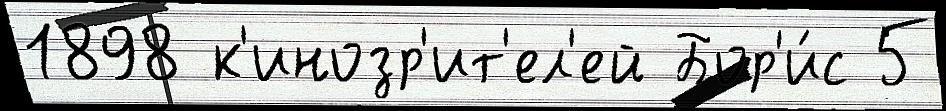
1898 к'инозр'ит'ел'ей Бор'и́с 5